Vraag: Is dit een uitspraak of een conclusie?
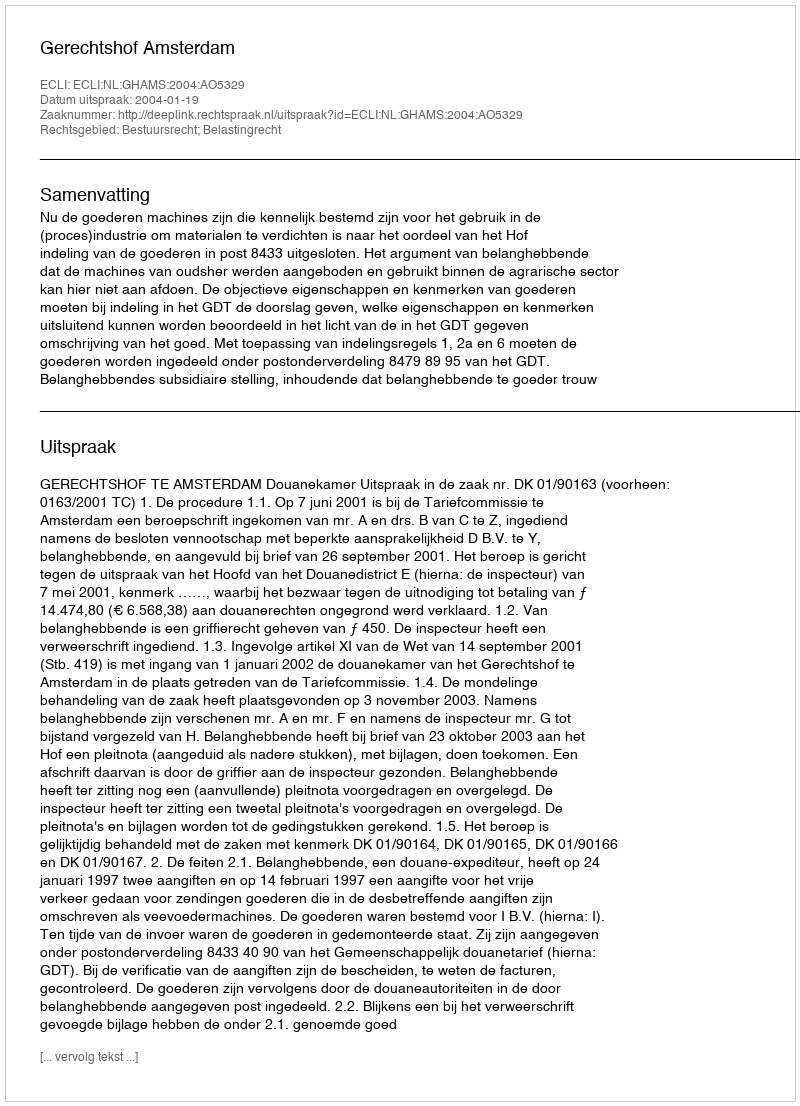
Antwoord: Uitspraak